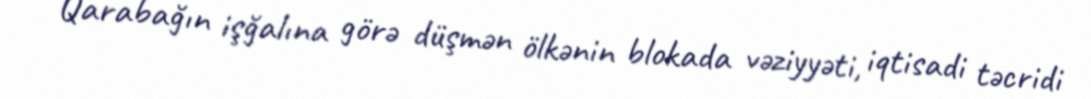
Qarabağın işğalına görə düşmən ölkənin blokada vəziyyəti, iqtisadi təcridi